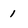
Character: 1